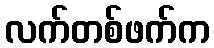
လက်တစ်ဖက်က